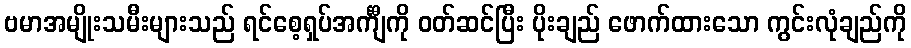
ဗမာအမျိုးသမီးများသည် ရင်စေ့ရှပ်အင်္ကျီကို ဝတ်ဆင်ပြီး ပိုးချည် ဖောက်ထားသော ကွင်းလုံချည်ကို